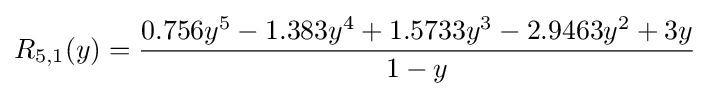
R_{5,1}(y)={\frac {0.756y^{5}-1.383y^{4}+1.5733y^{3}-2.9463y^{2}+3y}{1-y}}